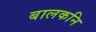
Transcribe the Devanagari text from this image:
बालकनि